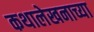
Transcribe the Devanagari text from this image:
कथालेखनाच्या